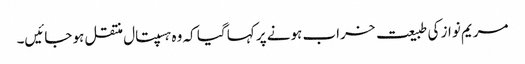
مریم نواز کی طبیعت خراب ہونے پر کہا گیا کہ وہ ہسپتال منتقل ہو جائیں۔